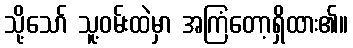
သို့သော် သူ့ဝမ်းထဲမှာ အကြံတော့ရှိထား၏။